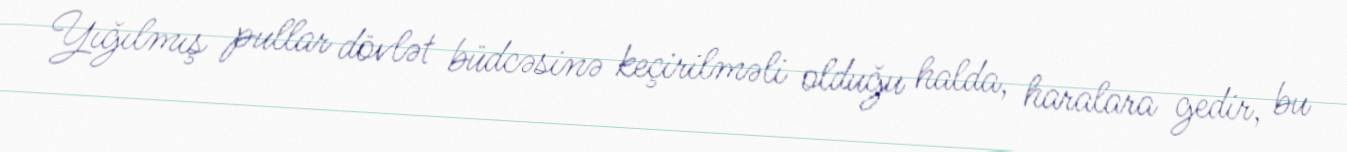
Yığılmış pullar dövlət büdcəsinə keçirilməli olduğu halda, haralara gedir, bu